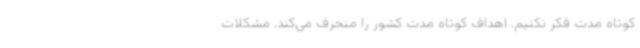
کوتاه مدت فکر نکنیم. اهداف کوتاه مدت کشور را منحرف می‌کند. مشکلات